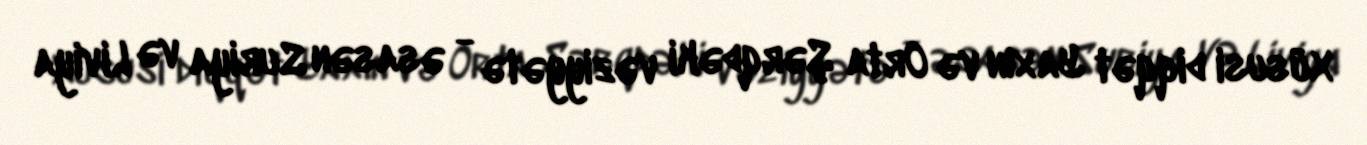
Xüsusi diqqət Yaxın və Orta Şərqdəki vəziyyətə - əsasən Suriya və Liviya